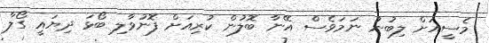
މެސީއަށް ލިބުނު ނަމަވެސް އޭނާ ބޮލުން ކުރިއަށް ފޮނުވާލި ބޯޅަ ދިޔައީ ގޯލާ